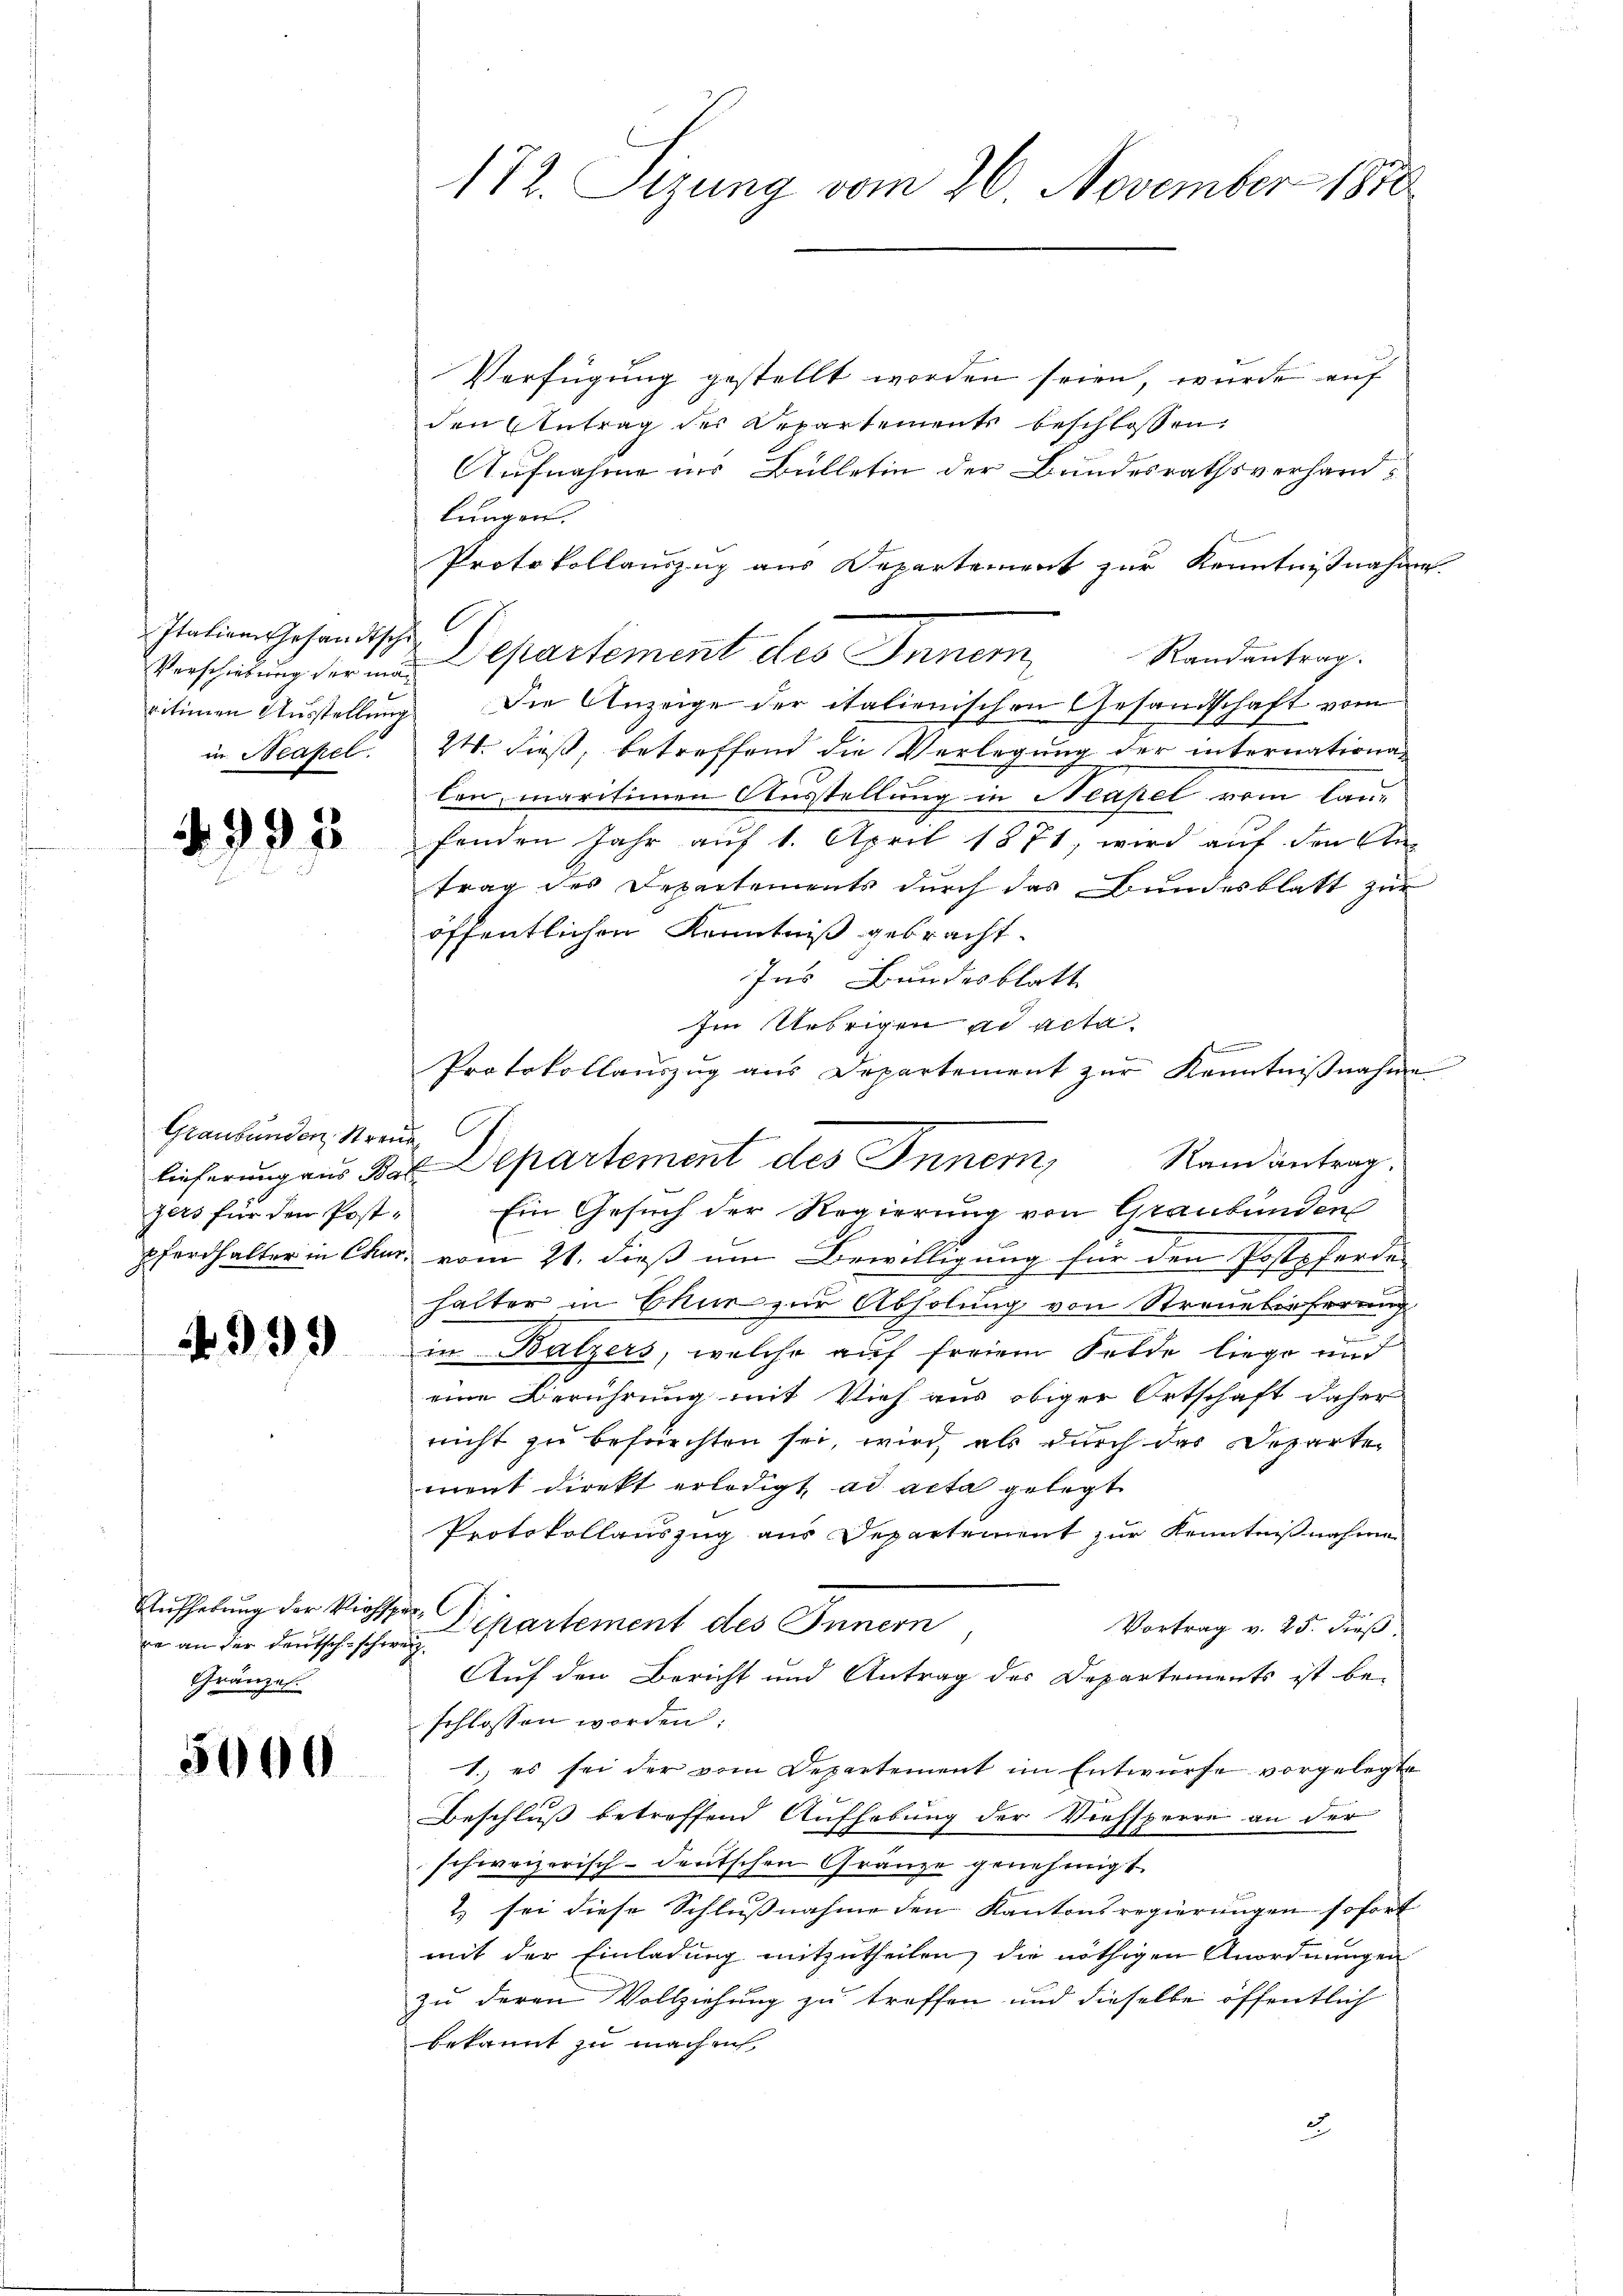
Italiam Gesandtschi
in Neapel.

2

9975

Graubünden, Streue
zers für den Post¬

4995

Aufhebung der Viehspe
re an der deutsch-schweiz.
Gränzen.

5000

172. Sizung vom 26. November 1890.

Verfügung gestellt worden seien, wurde auf
den Antrag der Departements beschlossen
Aufnahme ins Bülletin der Bundesrathsverhandlungen.
Protokollauszug aus Departement zur Kenntnißnahme
Randantrag.
Verscheidung der in Departement des Inner,
vitionen Ausstellung. Die Anzeige der italienischen Gesandtschaft vom
24. dieß, betreffend die Verlegung der internationalen, maritienen Ausstellung in Neapel vom lanfenden Jahr auf 1. April 1871, wird auf den An-
trag des Depectements durch das Bundesblatt zur
öffentlichen Kenntniß gebracht.
Ins Bundesblatt
Im Uebrigen ad acta.
e
Protokollauszug aus Departement zur Kenntniβnahme
Randantrag,
lieferung aus Bil- Separtement des Inner,
Ein Gesuch der Regierung von Graubünden
pfarthalter in Chur, vom 21. dieß um Bewilligung für den Postpferde
halter in Chur zur Abholung von Streuelieferung
in Balzers, welche auf freiem Felde liege und
eine Berührung mit Vieh aus obiger Ortschaft daher
nicht zu befürchten sei, wird als durch das Departe
ment direkt erledigt ad acta gelegt
Protokollauszug aus Departement zur Kenntnißnahmen
oh. C
Dipartement des Innern
Vortrag v. 25. dieß
Auf den Bericht und Antrag des Departements ist be-
schlossen worden:
1., es sei der vom Departement im Entwurfe vorgelegte
Beschluß betreffend Aufhebung der Viehsperre an der
schweizerisch-deutschen Gränze genehmigt.
2) sei diese Schlußnahme den Kantonsregierungen sofort
mit der Einladung mitzutheilen, die nöthigen Anordnungen
zu deren Vollziehung zu troffen und dieselbe öffentlich
bekannt zu machen
2

C